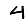
Digit: 4